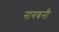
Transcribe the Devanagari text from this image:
नागबनी